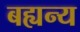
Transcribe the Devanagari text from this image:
बह्यन्य